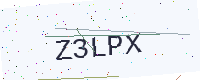
Text: Z3LPX